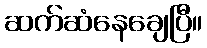
ဆက်ဆံနေချေပြီ။